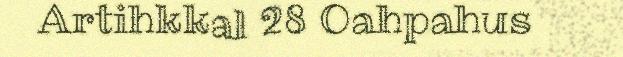
Artihkkal 28 Oahpahus